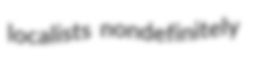
localists nondefinitely